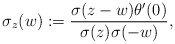
\begin{gather*}\sigma_{z}(w):= {\frac{ \sigma(z-w) \theta' (0)}{\sigma(z) \sigma(-w)}},\end{gather*}